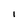
Character: 1